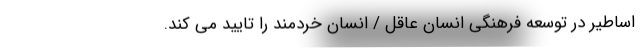
اساطیر در توسعه فرهنگی انسان عاقل / انسان خردمند را تایید می کند.